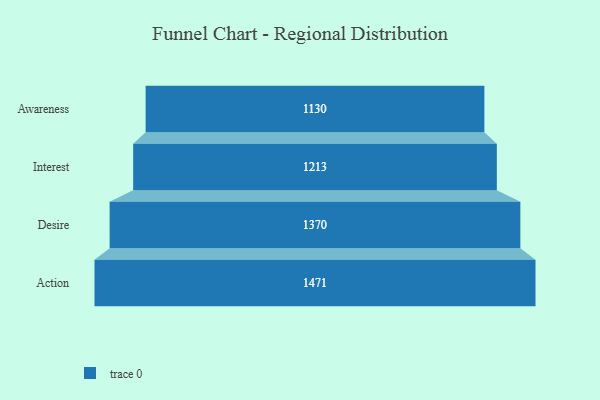
{"axis": {"x": "Stage", "y": "Value"}, "legend": [""], "data": [{"x": "Awareness", "y": 1130.0, "type": ""}, {"x": "Interest", "y": 1213.0, "type": ""}, {"x": "Desire", "y": 1370.0, "type": ""}, {"x": "Action", "y": 1471.0, "type": ""}]}